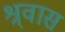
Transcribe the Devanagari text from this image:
श्र्वास